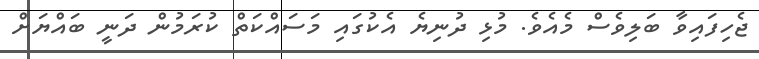
ޖެހިފައިވާ ބަލިވެސް މެއެވެ. މުޅި ދުނިޔެ އެކުގައި މަސައްކަތް ކުރަމުން ދަނީ ބައްޔަށް